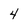
Character: 4